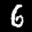
Label: 6